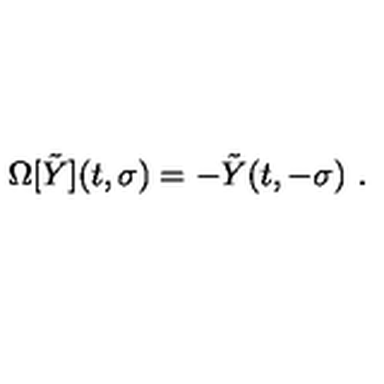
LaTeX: \Omega [ \tilde { Y } ] ( t , \sigma ) = - \tilde { Y } ( t , - \sigma ) \ .